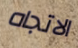
الاتجاه